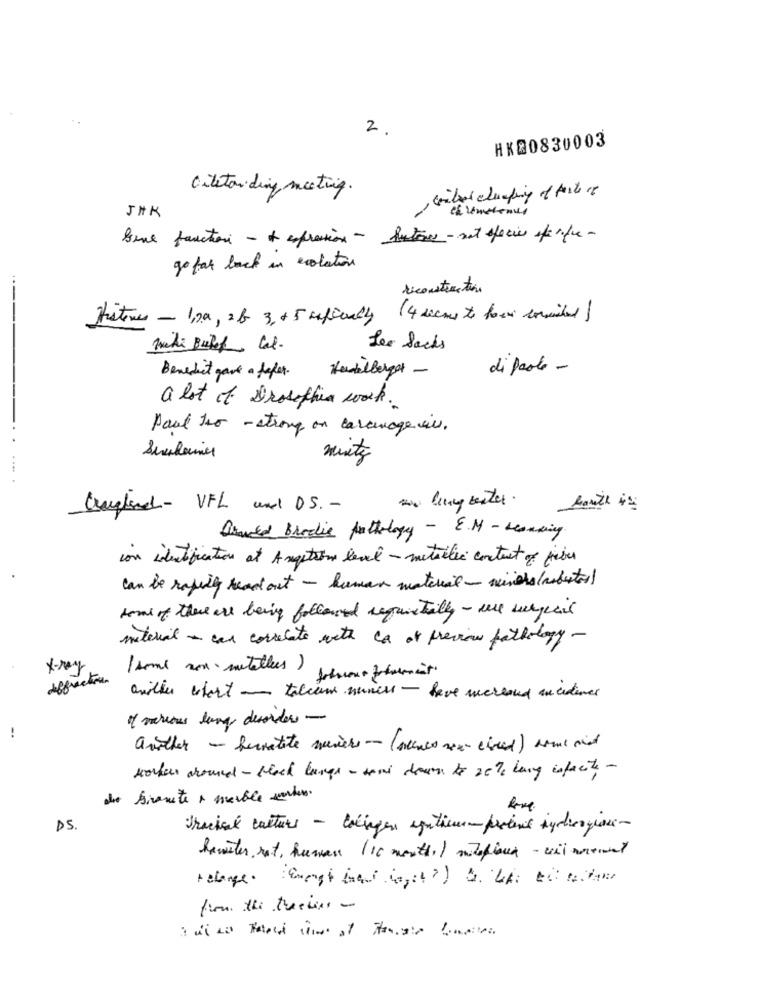
2.
HK@0830003
ciletan ding meeting.
Grillet champing of taste of
bene fauction - + expression - futures- not species specific-
go far back in evolution
reconstruction
Histones - 109, 2 f 3, +5 mefinally (4 decaus to form commited)
Les Sacks
Handelberget -
di paolo -
Benedict gave a fefer.
a lot of Drosophia work.
Paul Iso - strong on carnage en.
muitz
...
Crossed- VFL und DS. -
Brudd Brodie pathology - E.M - Lesusing
con identification at Angstsin level - mitsilic contact of five
can be rapidly read out - human material - winches(robustos)
some of these are being followed requistilly- we urgecil
material - can correlate vete ca of preview pathology-
X-ray
( some son mitellees)
andthe start - talcum nuness - have mereand ancediner
I various long desorder -
..
another - hermatite meiers-(Avance excited) some aid
workers around - Black kungs - sami down to solo lang isfacile -
de biranite a marble worden.
D5
trackal catturs - congen entieu- percent indicazione-
hamster, rot, humans (10 months) miteplace - virement
relange. : Energi med cost?) & The til tottam
from the theiss-